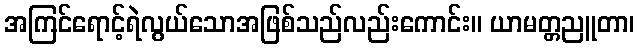
အကြင်ရောင့်ရဲလွယ်သောအဖြစ်သည်လည်းကောင်း။ ယာမတ္တညူတာ၊